Indian journal of veterinary science and animal husbandry - Volume 12,
Year: 1942
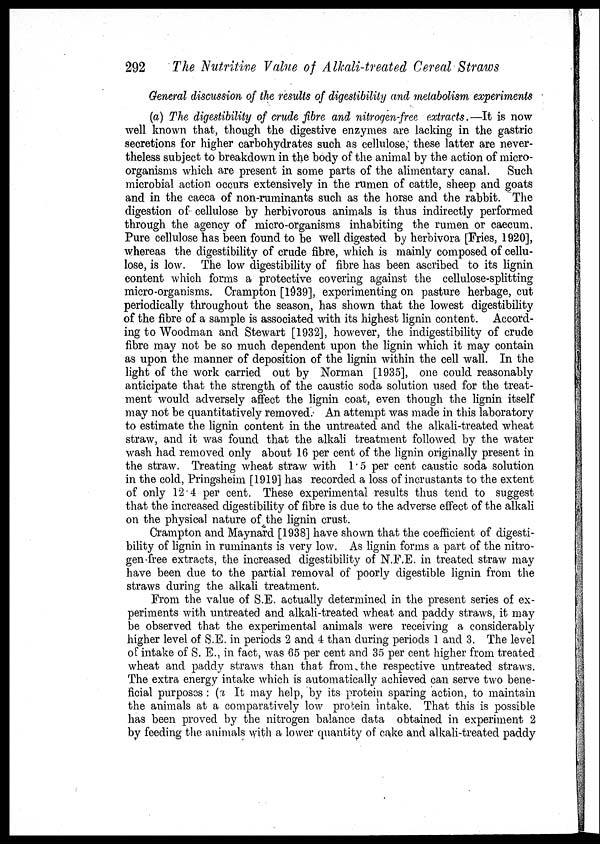
292
The Nutritive Value of Alkali-treated Cereal Straws
General discussion of the results of digestibility and metabolism experiments
(a) The digestibility of crude fibre and nitrogen-free extracts.—It is now
well known that, though the digestive enzymes are lacking in the gastric
secretions for higher carbohydrates such as cellulose, these latter are never-
theless subject to breakdown in the body of the animal by the action of micro-
organisms which are present in some parts of the alimentary canal. Such
microbial action occurs extensively in the rumen of cattle, sheep and goats
and in the caeca of non-ruminants such as the horse and the rabbit. The
digestion of cellulose by herbivorous animals is thus indirectly performed
through the agency of micro-organisms inhabiting the rumen or caecum.
Pure cellulose has been found to be well digested by herbivora [Fries, 1920],
whereas the digestibility of crude fibre, which is mainly composed of cellu-
lose, is low. The low digestibility of fibre has been ascribed to its lignin
content which forms a protective covering against the cellulose-splitting
micro-organisms. Crampton [1939], experimenting on pasture herbage, cut
periodically throughout the season, has shown that the lowest digestibility
of the fibre of a sample is associated with its highest lignin content. Accord-
ing to Woodman and Stewart [1932], however, the indigestibility of crude
fibre may not be so much dependent upon the lignin which it may contain
as upon the manner of deposition of the lignin within the cell wall. In the
light of the work carried out by Norman [1935], one could reasonably
anticipate that the strength of the caustic soda solution used for the treat-
ment would adversely affect the lignin coat, even though the lignin itself
may not be quantitatively removed. An attempt was made in this laboratory
to estimate the lignin content in the untreated and the alkali-treated wheat
straw, and it was found that the alkali treatment followed by the water
wash had removed only about 16 per cent of the lignin originally present in
the straw. Treating wheat straw with 1.5 per cent caustic soda solution
in the cold, Pringsheim [1919] has recorded a loss of incrustants to the extent
of only 12.4 per cent. These experimental results thus tend to suggest
that the increased digestibility of fibre is due to the adverse effect of the alkali
on the physical nature of the lignin crust.
Crampton and Maynard [1938] have shown that the coefficient of digesti-
bility of lignin in ruminants is very low. As lignin forms a part of the nitro-
gen-free extracts, the increased digestibility of N.F.E. in treated straw may
have been due to the partial removal of poorly digestible lignin from the
straws during the alkali treatment.
From the value of S.E. actually determined in the present series of ex-
periments with untreated and alkali-treated wheat and paddy straws, it may
be observed that the experimental animals were receiving a considerably
higher level of S.E. in periods 2 and 4 than during periods 1 and 3. The level
of intake of S. E., in fact, was 65 per cent and 35 per cent higher from treated
wheat and paddy straws than that from the respective untreated straws.
The extra energy intake which is automatically achieved can serve two bene-
ficial purposes : (a It may help, by its protein sparing action, to maintain
the animals at a comparatively low protein intake. That this is possible
has been proved by the nitrogen balance data obtained in experiment 2
by feeding the animals with a lower quantity of cake and alkali-treated paddy